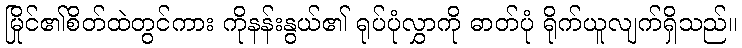
မြိုင်၏စိတ်ထဲတွင်ကား ကိုနန်းနွယ်၏ ရုပ်ပုံလွှာကို ဓာတ်ပုံ ရိုက်ယူလျက်ရှိသည်။